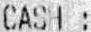
CASH :